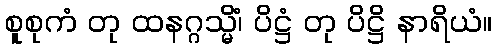
စူစုကံ တု ထနဂ္ဂသ္မိံ၊ ပိဋ္ဌံ တု ပိဋ္ဌိ နာရိယံ။